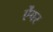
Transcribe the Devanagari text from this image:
ऐंवर